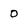
Character: O